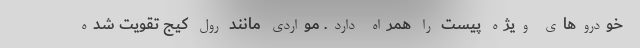
خودروهای ویژه پیست را همراه دارد. مواردی مانند رول کیج تقویت شده